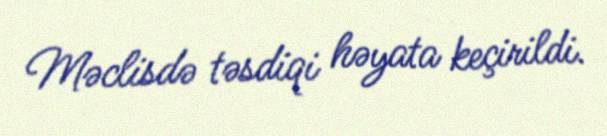
Məclisdə təsdiqi həyata keçirildi.